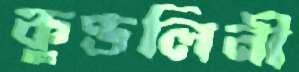
কুণ্ডলিনী